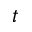
t